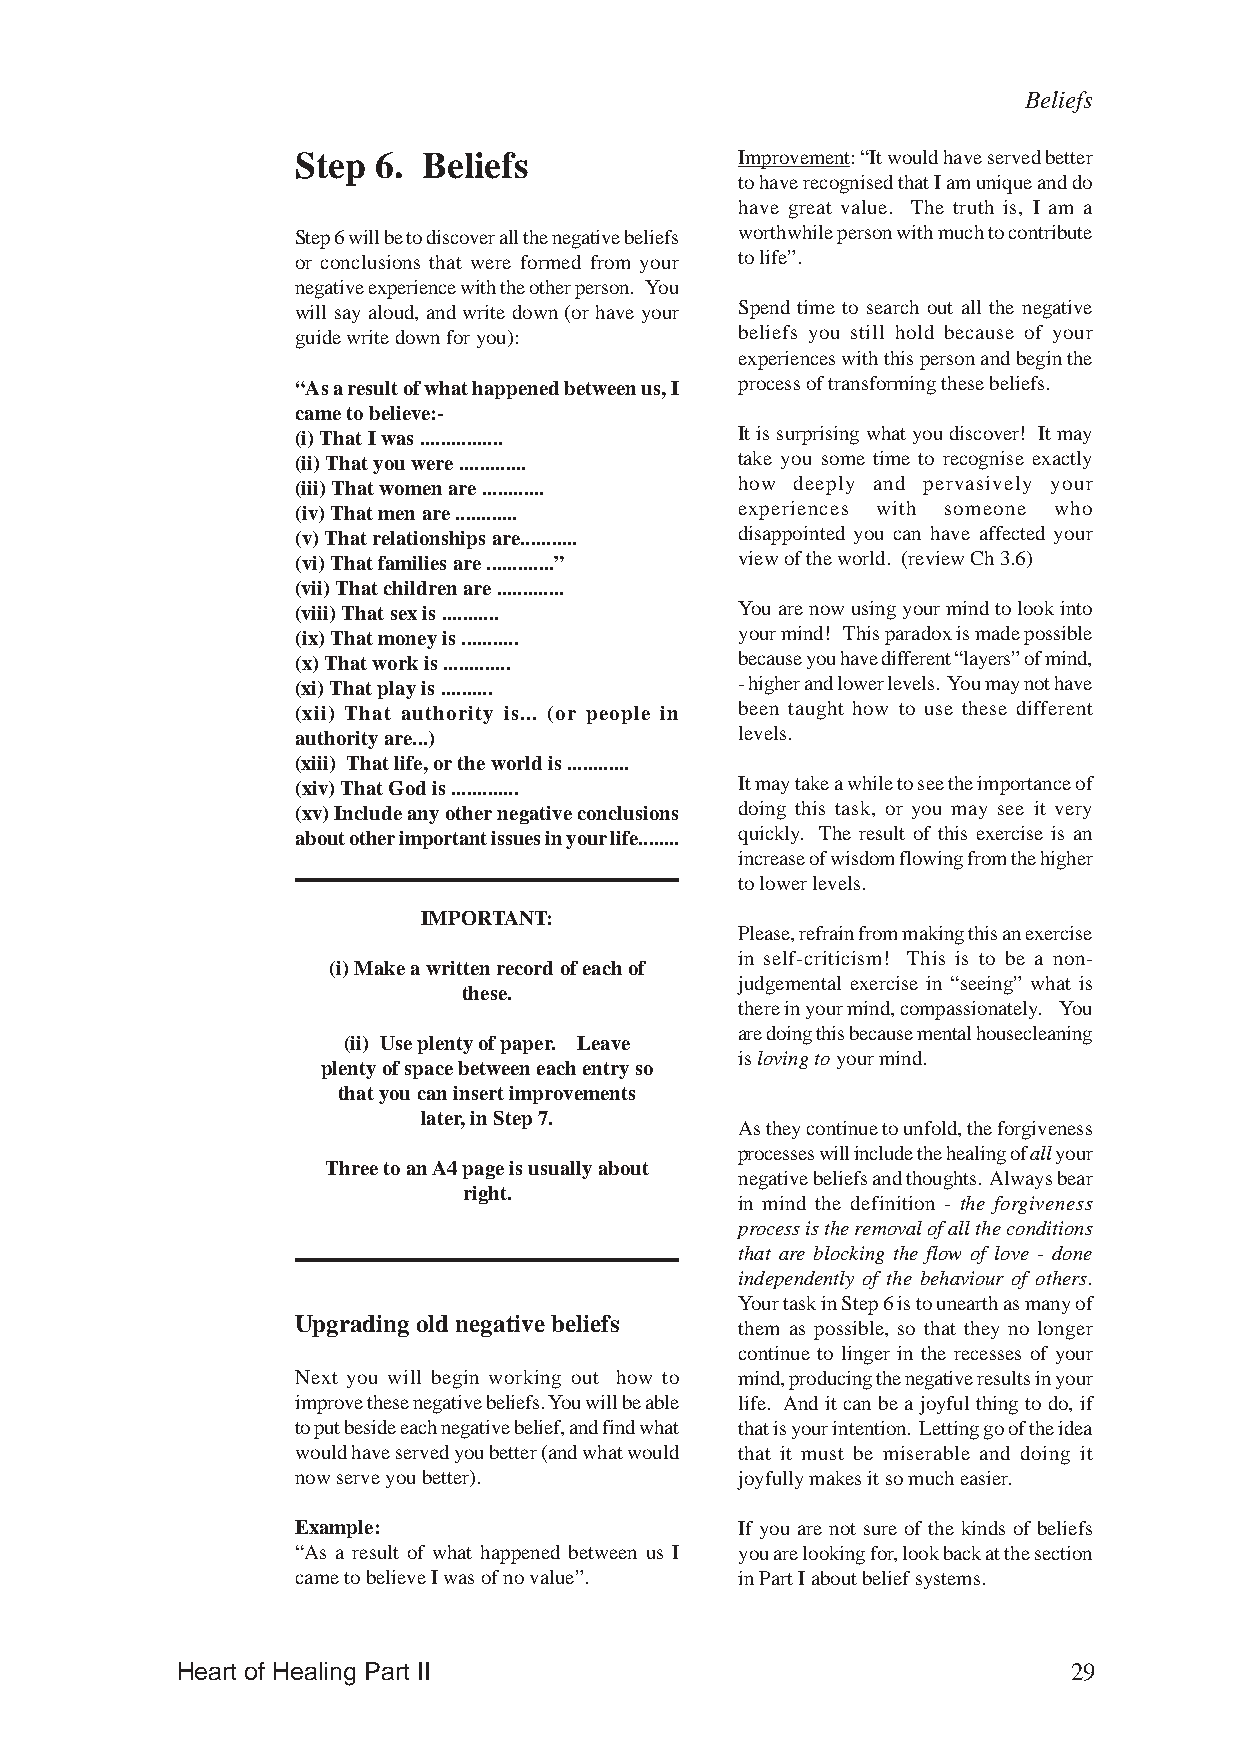
Beliefs
 Step 6. Beliefs              Improvement: “It would have served better
 to have recognised that I am unique and do
 have great value. The truth is, I am a
 Step 6 will be to discover all the negative beliefs worthwhile person with much to contribute
 or conclusions that were formed from your to life”.
 negative experience with the other person. You
 will say aloud, and write down (or have your Spend time to search out all the negative
 guide write down for you):   beliefs you still hold because of your
 experiences with this person and begin the
 “As a result of what happened between us, I process of transforming these beliefs.
 came to believe:-
 (i) That I was ................ It is surprising what you discover! It may
 (ii) That you were ............. take you some time to recognise exactly
 (iii) That women are ............ how deeply and pervasively your
 (iv) That men are ............ experiences with someone who
 (v) That relationships are........... disappointed you can have affected your
 (vi) That families are .............” view of the world. (review Ch 3.6)
 (vii) That children are .............
 (viii) That sex is ........... You are now using your mind to look into
 (ix) That money is ........... your mind! This paradox is made possible
 (x) That work is ............. because you have different “layers” of mind,
 (xi) That play is .......... - higher and lower levels. You may not have
 (xii) That authority is... (or people in been taught how to use these different
 authority are...)            levels.
 (xiii) That life, or the world is ............
 (xiv) That God is ............. It may take a while to see the importance of
 (xv) Include any other negative conclusions doing this task, or you may see it very
 about other important issues in your life........ quickly. The result of this exercise is an
 increase of wisdom flowing from the higher
 to lower levels.
 IMPORTANT:
 Please, refrain from making this an exercise
 in self-criticism! This is to be a non-
 (i) Make a written record of each of
 judgemental exercise in “seeing” what is
 these.
 there in your mind, compassionately. You
 are doing this because mental housecleaning
 (ii) Use plenty of paper. Leave
 is loving to your mind.
 plenty of space between each entry so
 that you can insert improvements
 later, in Step 7.
 As they continue to unfold, the forgiveness
 processes will include the healing of all your
 Three to an A4 page is usually about
 negative beliefs and thoughts. Always bear
 right.
 in mind the definition - the forgiveness
 process is the removal of all the conditions
 that are blocking the flow of love - done
 independently of the behaviour of others.
 Your task in Step 6 is to unearth as many of
 Upgrading old negative beliefs
 them as possible, so that they no longer
 continue to linger in the recesses of your
 Next you will begin working out how to mind, producing the negative results in your
 improve these negative beliefs. You will be able life. And it can be a joyful thing to do, if
 to put beside each negative belief, and find what that is your intention. Letting go of the idea
 would have served you better (and what would that it must be miserable and doing it
 now serve you better).       joyfully makes it so much easier.
 Example:                     If you are not sure of the kinds of beliefs
 “As a result of what happened between us I you are looking for, look back at the section
 came to believe I was of no value”. in Part I about belief systems.
 Heart of Healing Part II                                   29